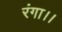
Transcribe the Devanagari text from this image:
रंगा।।